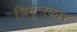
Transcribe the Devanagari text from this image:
त्रिभुजकार